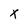
Character: x